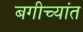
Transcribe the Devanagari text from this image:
बगीच्यांत